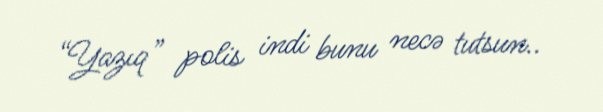
“Yazıq” polis indi bunu necə tutsun..